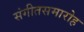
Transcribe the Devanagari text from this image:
संगीतसमारोह